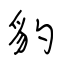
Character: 豹